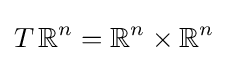
T\,\mathbb {R} ^{n}=\mathbb {R} ^{n}\times \mathbb {R} ^{n}